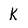
Character: k